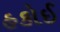
હકોઈ